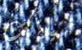
فتياتك